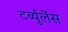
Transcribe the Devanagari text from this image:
टर्ब्युलेंस